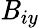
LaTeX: \mathit{B}_{iy}